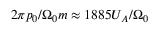
2 \pi p _ { 0 } / \Omega _ { 0 } m \approx 1 8 8 5 U _ { A } / \Omega _ { 0 }